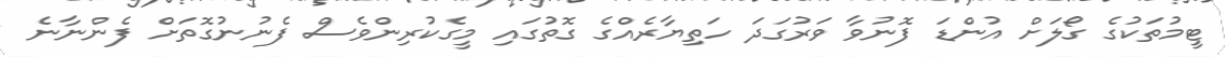
ޓީމުތަކުގެ ގޯލަށް އުންޑަ ފޮނުވާ ވަރުގަދަ ހަތިޔާރެއްގެ ގޮތުގައި މީގެކުރިންވެސް ފެނުނުގޮތަށް ފެންނާނެ